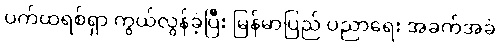
ပက်ထရစ်ရှာ ကွယ်လွန်ခဲ့ပြီး မြန်မာပြည် ပညာရေး အခက်အခဲ